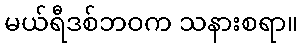
မယ်ရီဒစ်ဘဝက သနားစရာ။